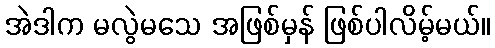
အဲဒါက မလွဲမသေ အဖြစ်မှန် ဖြစ်ပါလိမ့်မယ်။